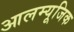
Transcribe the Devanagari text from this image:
आलम्यूजिक